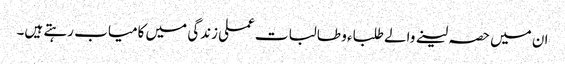
ان میں حصہ لینے والے طلباء و طالبات عملی زندگی میں کامیاب رہتے ہیں۔